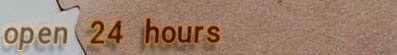
open 24 hours